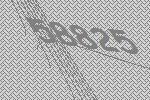
58825